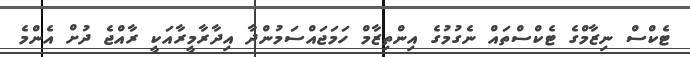
ޓެކްސް ނިޒާމްގެ ޓެކްސްތައް ނެގުމުގެ އިންތިޒާމް ހަމަޖައްސަމުންދާ އިދާރާމީރާއަކީ ރާއްޖެ ދުށް އެންމެ